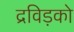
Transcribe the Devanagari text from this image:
द्रविड़को